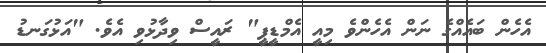
އެހެން ބައެއްގެ ނަން އެހެންވެ މިއީ އެމްޑީޕީ" ރައީސް ވިދާޅުވި އެވެ. "އަޅުގަނޑު